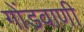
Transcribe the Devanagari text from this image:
गोंडवाणी